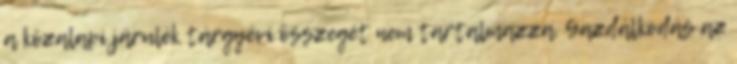
a közalapi járulék tárgyévi összegét nem tartalmazza. Gazdálkodás az